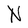
Character: N